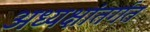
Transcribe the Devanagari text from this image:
अध्यक्षांतर्गत